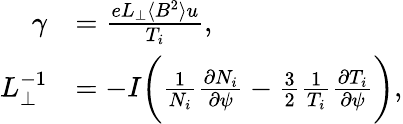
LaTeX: \begin{array}{rl}{\gamma}&{=\frac{eL_{\perp}\langle B^{2}\rangle u}{T_{i}},}\\ {L_{\perp}^{-1}}&{=-I\bigg(\frac{1}{N_{i}}\frac{\partial N_{i}}{\partial\psi}-\frac{3}{2}\frac{1}{T_{i}}\frac{\partial T_{i}}{\partial\psi}\bigg),}\end{array}